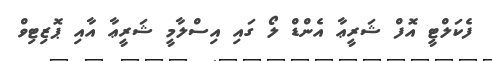
ފެކަލްޓީ އޮފް ޝަރީޢާ އެންޑް ލޯ ގައި އިސްލާމީ ޝަރީޢާ އާއި ޕޮޒިޓިވް